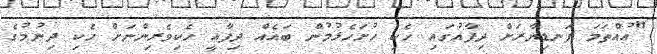
"އުއްތަމަ ފަނޑިޔާރަށް ދިފާއުގައި ހެކި ހުށަހެޅުމުން ބައެއް ދިފާއީ ހެކިވެރިންނަށް ހެކި ދިނުމުގެ